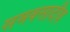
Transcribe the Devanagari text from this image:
समवसादीय